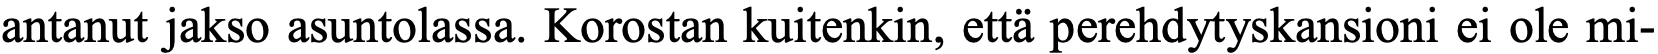
antanut jakso asuntolassa. Korostan kuitenkin, että perehdytyskansioni ei ole mi-